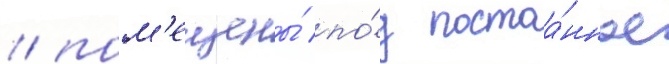
/ пом'ещены́ по́д постоа́нное